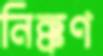
নিক্কণ